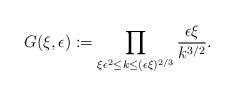
LaTeX: \begin{align*} G(\xi,\epsilon) := \prod_{\xi \epsilon^2\leq k \leq (\epsilon\xi)^{2/3}} \frac{\epsilon \xi}{k^{3/2}}. \end{align*}